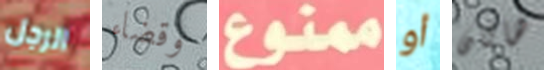
الرجل وقضاء ممنوع أو هاتان